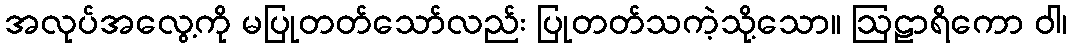
အလုပ်အလွေ့ကို မပြုတတ်သော်လည်း ပြုတတ်သကဲ့သို့သော။ ဩဠာရိကော ဝါ၊